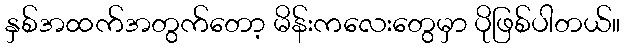
နှစ်အထက်အတွက်တော့ မိန်းကလေးတွေမှာ ပိုဖြစ်ပါတယ်။